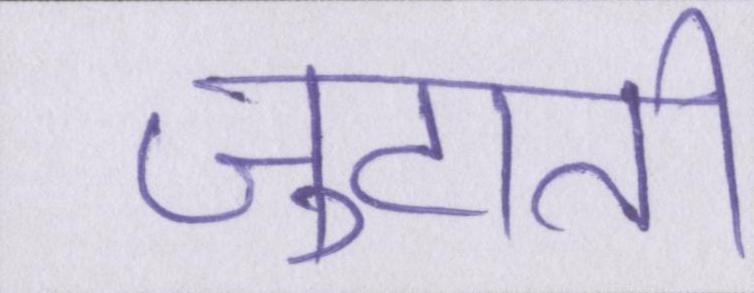
जुटाती